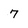
Character: 7